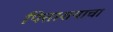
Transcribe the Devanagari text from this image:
पित्ताशयाचा